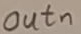
Text: outn